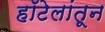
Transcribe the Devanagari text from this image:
हॉटेलांतून